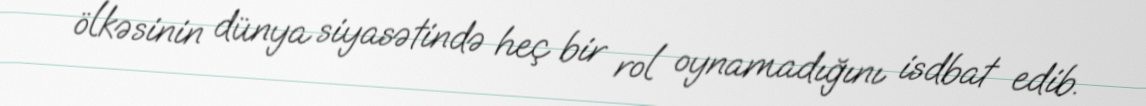
ölkəsinin dünya siyasətində heç bir rol oynamadığını isdbat edib.